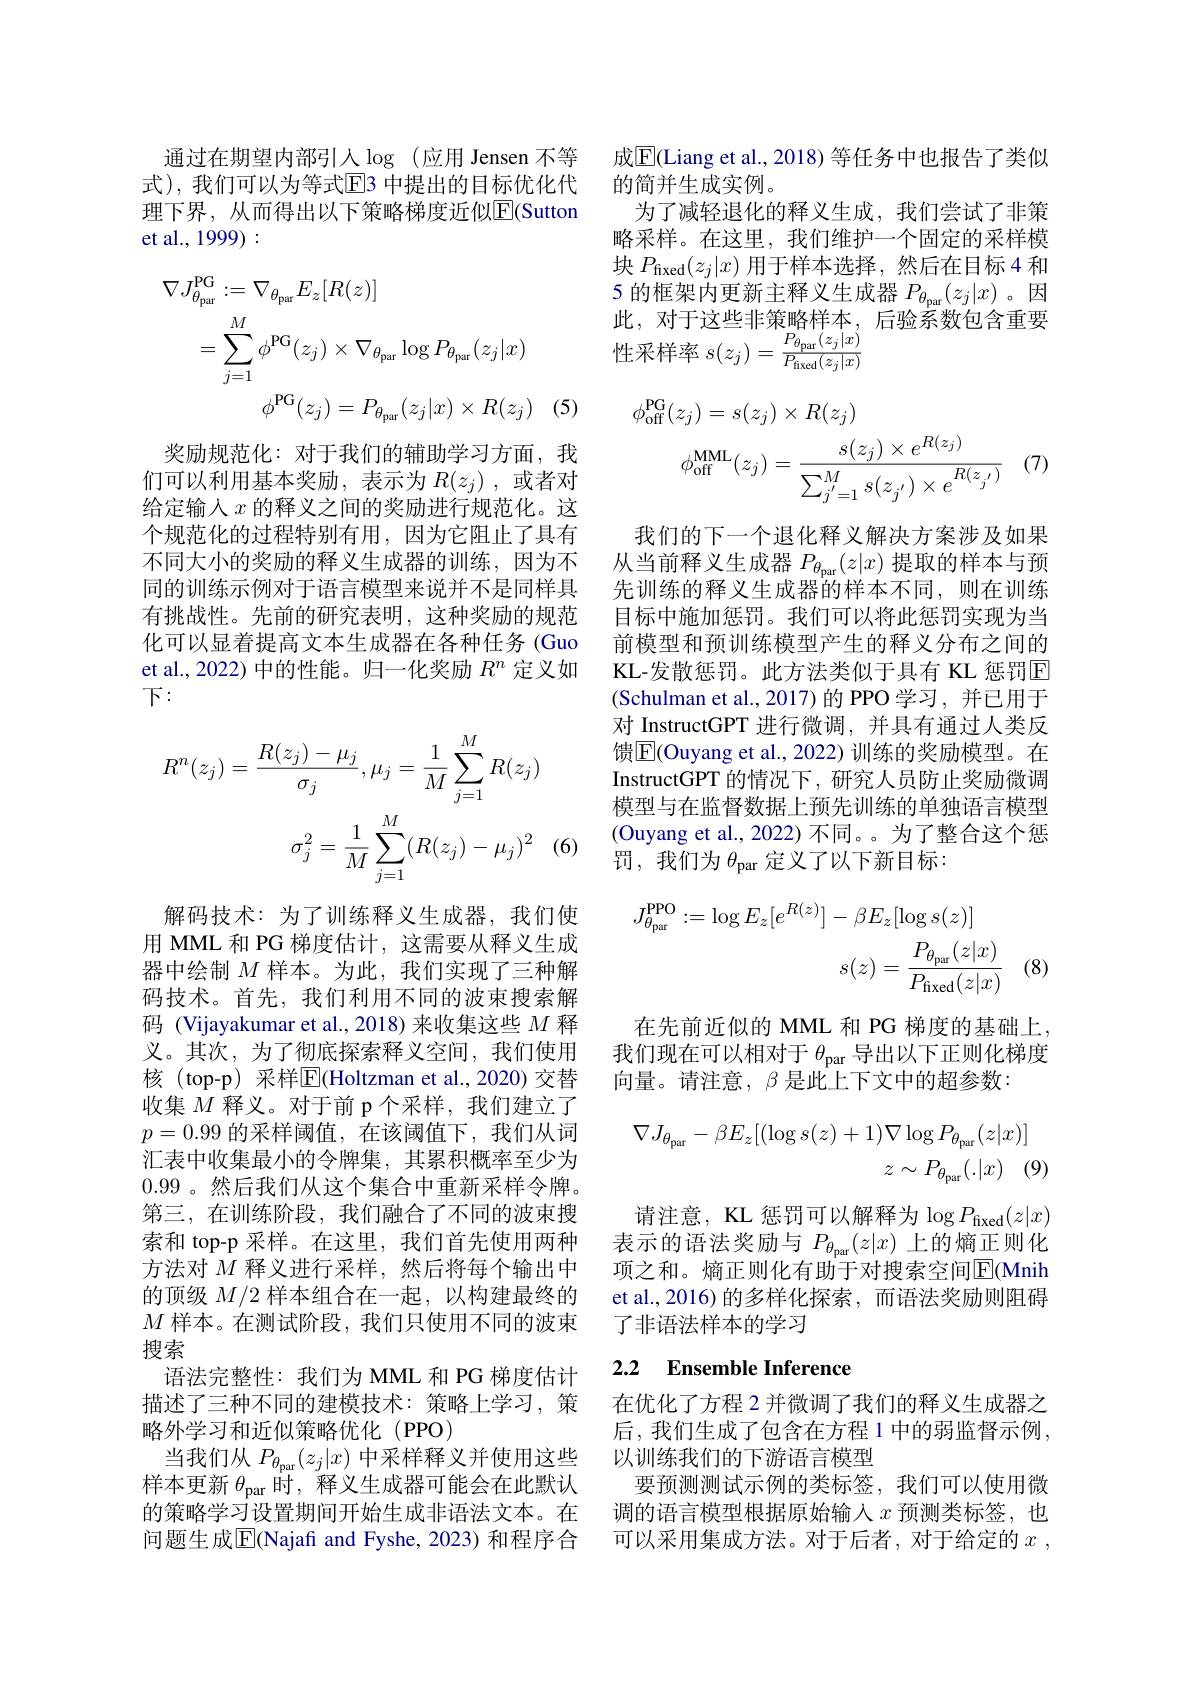
为了减轻退化的释义生成，我们尝试了非策略采样。在这里，我们维护一个固定的采样模块$P_{\mathrm{fixed}}(z_j|x)$用于样本选择，然后在目标 4 和5 的框架内更新主释义生成器$P_{\theta_\mathrm{par}}(z_j|x)$ 。因此，对于这些非策略样本，后验系数包含重要性采样率$s(z_j)=\frac{P_{\theta_\mathrm{par}}(z_j|x)}{P_\mathrm{fixed}(z_j|x)}$

通过在期望内部引人$\log$ (应用 Jensen 不等 成$\overline{\mathrm{E}}($Liang et al.,2018)等任务中也报告了类似
式),我们可以为等式$\overline{\mathrm{E}}$3 中提出的目标优化代 的简并生成实例。
理下界，从而得出以下策略梯度近似$\overline{\mathrm{E}}$(Sutton
et al., 1999) :
$$\begin{aligned}\nabla J_{\theta_{\mathrm{par}}}^{\mathrm{PG}}&:=\nabla_{\theta_{\mathrm{par}}}E_{z}[R(z)]\\&=\sum_{j=1}^{M}\phi^{\mathrm{PG}}(z_{j})\times\nabla_{\theta_{\mathrm{par}}}\log P_{\theta_{\mathrm{par}}}(z_{j}|x)\\&\phi^{\mathrm{PG}}(z_{j})=P_{\theta_{\mathrm{par}}}(z_{j}|x)\times R(z_{j})\end{aligned}$$
奖励规范化：对于我们的辅助学习方面，我们可以利用基本奖励，表示为$R(z_j)$ ,或者对给定输入$x$ 的释义之间的奖励进行规范化。这个规范化的过程特别有用，因为它阻止了具有不同大小的奖励的释义生成器的训练，因为不同的训练示例对于语言模型来说并不是同样具有挑战性。先前的研究表明，这种奖励的规范化可以显着提高文本生成器在各种任务 (Guo et al.,2022) 中的性能。归一化奖励$R^n$定义如下：
$$R^{n}(z_{j})=\frac{R(z_{j})-\mu_{j}}{\sigma_{j}},\mu_{j}=\frac{1}{M}\sum_{j=1}^{M}R(z_{j})\\\sigma_{j}^{2}=\frac{1}{M}\sum_{j=1}^{M}(R(z_{j})-\mu_{j})^{2}$$
解码技术：为了训练释义生成器，我们使用 MML 和 PG 梯度估计，这需要从释义生成器中绘制$M$样本。为此，我们实现了三种解码技术。首先，我们利用不同的波束搜索解码 (Vijayakumar et al.,2018)来收集这些$M$释义。其次，为了彻底探索释义空间，我们使用核(top-p) 采样$\overline{\mathrm{E}}$(Holtzman et al.,2020)交替收集$M$释义。对于前 p个采样，我们建立了$p=0.99$的采样阈值，在该阈值下，我们从词汇表中收集最小的令牌集，其累积概率至少为0.99 。然后我们从这个集合中重新采样令牌。第三，在训练阶段，我们融合了不同的波束搜索和 top-p 采样。在这里，我们首先使用两种方法对$M$释义进行采样，然后将每个输出中的顶级$M/2$样本组合在一起，以构建最终的$M$样本。在测试阶段，我们只使用不同的波束搜索
语法完整性：我们为 MML 和 PG 梯度估计描述了三种不同的建模技术：策略上学习，策略外学习和近似策略优化 (PPO)
当我们从$P_{\theta_\mathrm{par}}(z_j|x)$中采样释义并使用这些样本更新$\theta_\mathrm{par}$时，释义生成器可能会在此默认的策略学习设置期间开始生成非语法文本。在问题生成$\overline{\mathrm{E}}$(Najafi and Fyshe, 2023) 和程序合
$$\begin{aligned}\phi_{\mathrm{off}}^{\mathrm{PG}}(z_{j})=s(z_{j})\times R(z_{j})\\\phi_{\mathrm{off}}^{\mathrm{MML}}(z_{j})&=\frac{s(z_{j})\times e^{R(z_{j})}}{\sum_{j^{\prime}=1}^{M}s(z_{j^{\prime}})\times e^{R(z_{j^{\prime}})}}\end{aligned}$$
(7)

我们的下一个退化释义解决方案涉及如果从当前释义生成器$P_{\theta_\mathrm{par}}(z|x)$提取的样本与预先训练的释义生成器的样本不同，则在训练目标中施加惩罚。我们可以将此惩罚实现为当前模型和预训练模型产生的释义分布之间的KL-发散惩罚。此方法类似于具有 KL 惩罚$\overline{E}$ (Schulman et al.,2017)的 PPO 学习，并已用于对 InstructGPT 进行微调，并具有通过人类反馈$\boxed{\mathrm{E}}($Ouyang et al., 2022) 训练的奖励模型。在InstructGPT 的情况下，研究人员防止奖励微调模型与在监督数据上预先训练的单独语言模型(Ouyang et al., 2022) 不同。。为了整合这个惩罚，我们为$\theta_\mathrm{par}$定义了以下新目标：
$$J_{\theta_{\mathrm{par}}}^{\mathrm{PPO}}:=\log E_{z}[e^{R(z)}]-\beta E_{z}[\log s(z)]\\s(z)=\frac{P_{\theta_{\mathrm{par}}}(z|x)}{P_{\mathrm{fixed}}(z|x)}$$
(8)

在先前近似的 MML 和 PG 梯度的基础上， 我们现在可以相对于$\theta_\mathrm{par}$导出以下正则化梯度向量。请注意，$\beta$是此上下文中的超参数：
$$\nabla J_{\theta_{\mathrm{par}}}-\beta E_{z}[(\log s(z)+1)\nabla\log P_{\theta_{\mathrm{par}}}(z|x)]\\z\sim P_{\theta_{\mathrm{par}}}(.|x)\quad(9)$$
请注意，KL 惩罚可以解释为$\log P_\mathrm{fixed}(z|x)$ 表示的语法奖励与$P_{\theta_\mathrm{par}}(z|x)$上的熵正则化

项之和。熵正则化有助于对搜索空间$\overline{\mathrm{E}}($Mnih et al.,2016)的多样化探索，而语法奖励则阻碍了非语法样本的学习

### 2.2 Ensemble Inference

在优化了方程 2 并微调了我们的释义生成器之后，我们生成了包含在方程 1 中的弱监督示例， 以训练我们的下游语言模型
要预测测试示例的类标签，我们可以使用微调的语言模型根据原始输入$x$预测类标签，也可以采用集成方法。对于后者，对于给定的$x$ ,